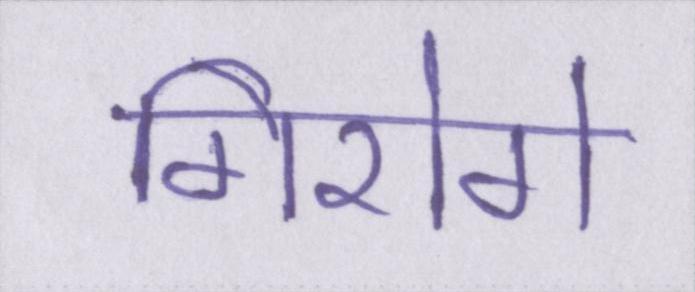
गिरोगे